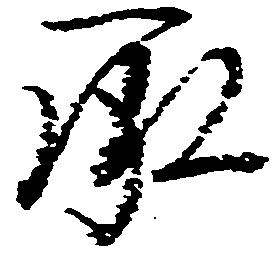
承